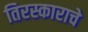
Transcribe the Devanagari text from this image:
तिरस्काराचे